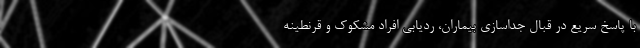
با پاسخ سریع در قبال جداسازی بیماران، ردیابی افراد مشکوک و قرنطینه